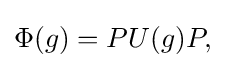
\displaystyle {\Phi (g)=PU(g)P,}